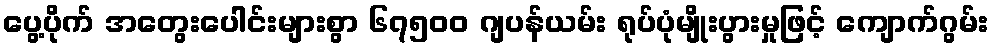
ပွေ့ပိုက် အတွေးပေါင်းများစွာ ၆၇၅၀၀ ဂျပန်ယမ်း ရုပ်ပုံမျိုးပွားမှုဖြင့် ကျောက်ဂွမ်း